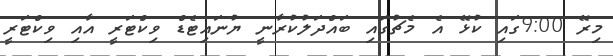
މިރޭ 9:00ގައި ކުޅޭ އެ މެޗުގައި ބައްދަލުކުރާނީ ޔުނައިޓެޑް ވިކްޓަރީ އާއި ވިކްޓަރީ